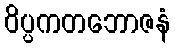
ဝိပ္ပကတဘောဇနံ